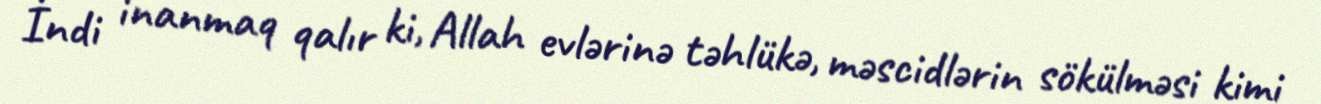
İndi inanmaq qalır ki, Allah evlərinə təhlükə, məscidlərin sökülməsi kimi